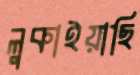
লুকাইয়াছি